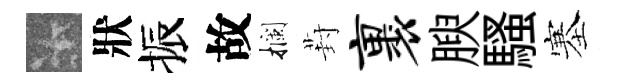
卡狀振故攔葑裹腴騷塞